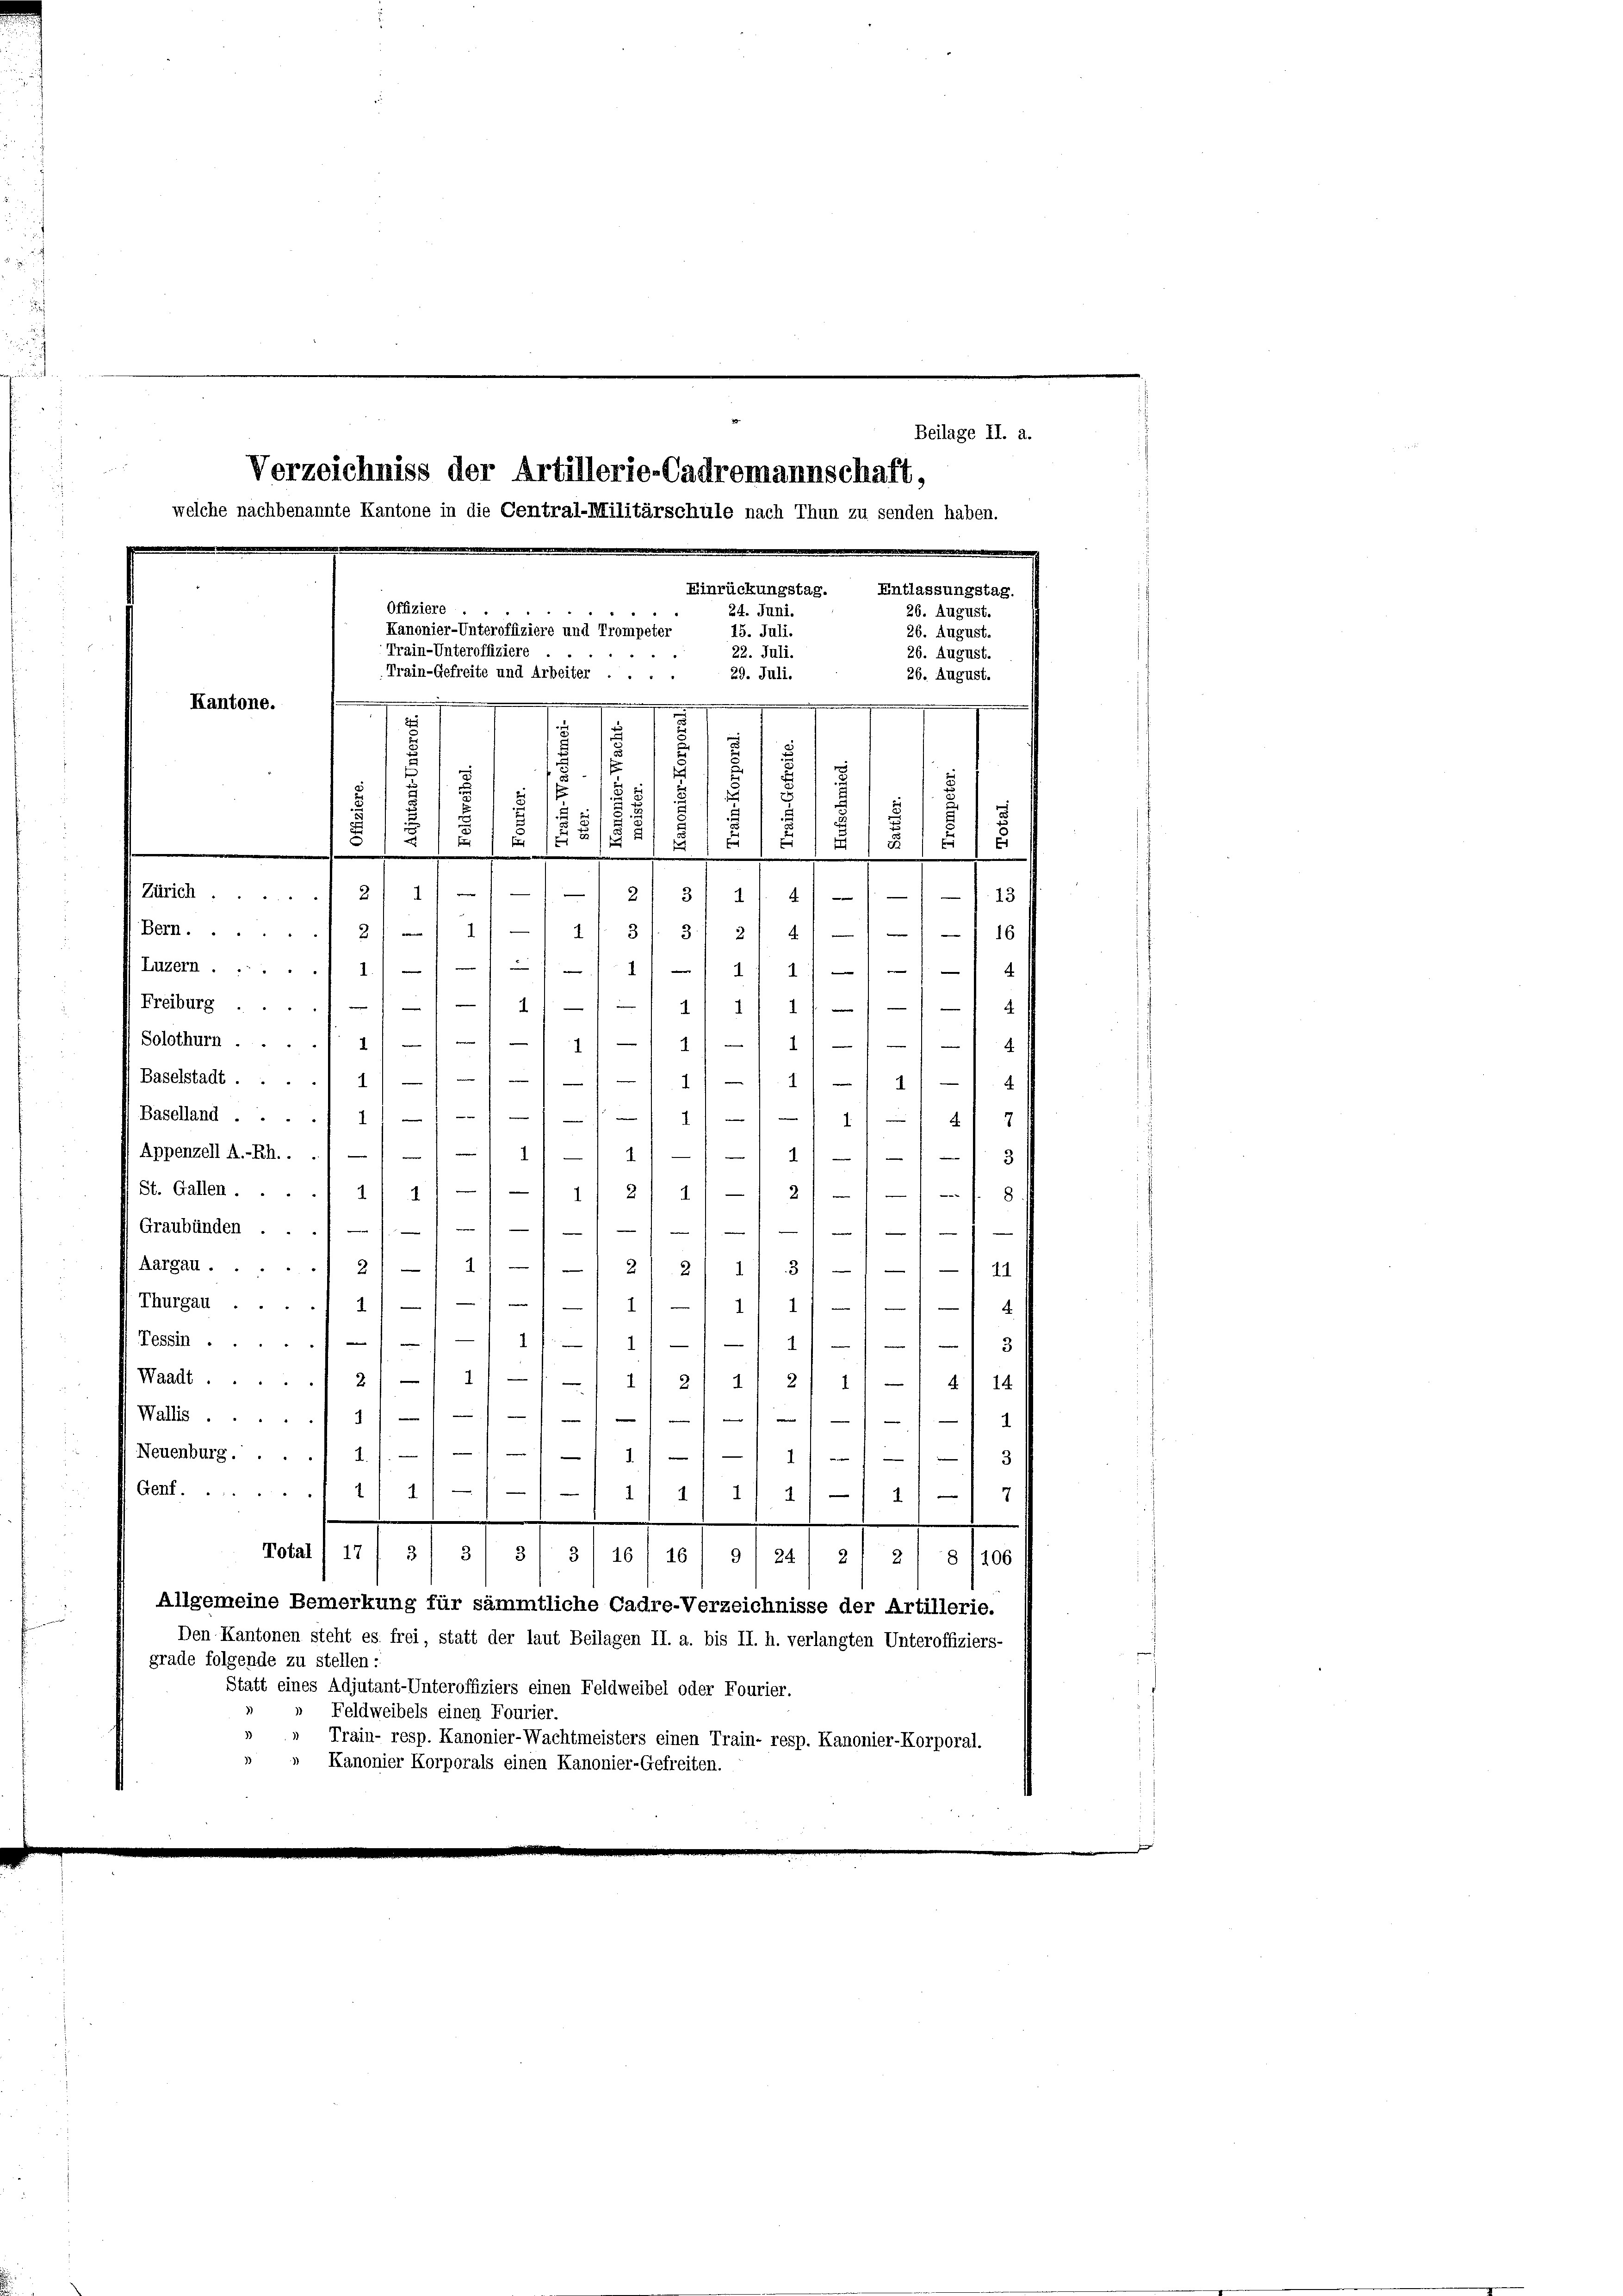
Beilage II. a.
Verzeichniss der Artillerie-Cadremannschaft,
welche nachbenannte Kantone in die Central-Militärschule nach Thun zu senden haben.
Einrückungstag.
Entlassungstag.
Offiziere
24. Juni.
26. August.
Kanonier-Unteroffiziere und Trompeter
15. Juli.
26. August.
Train-Unteroffiziere
22. Juli.
26. August.
 45
Train-Gefreite und Arbeiter . . .
29. Juli.
26. August.
.
.....................

e

Kantone.
e
d
.
.
.
.
7
.
.
1
u
1
u
u
.
8/2,51
12
e

Zürich 2/ 1///
 . . . 110
Be2/-11/-/ 1/ 31. 31 2/4)) / —116
.
(Luzern .....
1/11/1
1
e
Freiburg
1
121. 2111 4
71
Solothurn.
4/11
Baselstadt 1////-11 - 11 - 1) —
.
Baselland.
/11 11 - 111 4
4
1111
(St. Gallen .... 1/4/ —1 — 11 2/ 1) — 2) — 1) - f. 8
1
Graubünden .
e
s
e
(Aargau ... 21 — 11 —/-1 21 21 1/ 3/ —1 — / — . 44
4.
Thurgau 1 1
Tessin 11.
2—111.
3
Waadt.1 21 - 11/11) 2) 11 2
414
1

Wallis 1 1/
—
.
Neuenburg . .
 11
i
2

Af
.
d. 212, 11
7
wartet et od. d. Hasel stat et of Mar
Allgemeine Bemerkung für sämmtliche Cadre-Verzeichnisse der Artillerie.
Den Kantonen steht es frei, statt der laut Beilagen II. a. bis II. h. verlangten Unteroffiziers-
grade folgende zu stellen:
Statt eines Adjutant-Unteroffiziers einen Feldweibel oder Fourier.
Feldweibels einen Fourier.
Train- resp. Kanonier-Wachtmeisters einen Train- resp. Kanonier-Korporal.
Kanonier Korporals einen Kanonier-Gefreiten.

Appenzell A.-Rh. . .) —

2